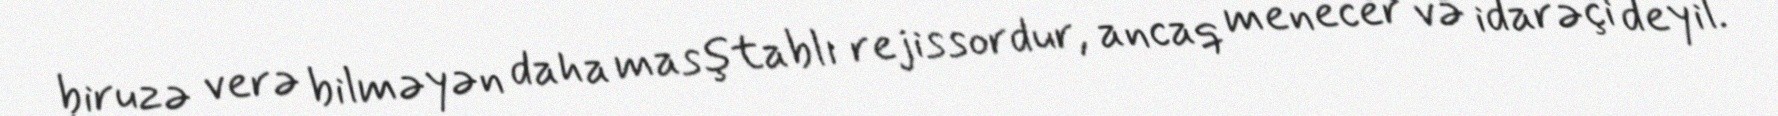
biruzə verə bilməyən daha masştablı rejissordur, ancaq menecer və idarəçi deyil.